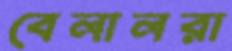
বেলালরা